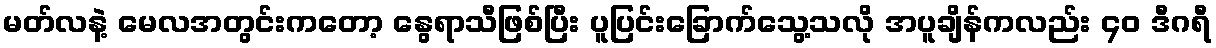
မတ်လနဲ့ မေလအတွင်းကတော့ နွေရာသီဖြစ်ပြီး ပူပြင်းခြောက်သွေ့သလို အပူချိန်ကလည်း ၄၀ ဒီဂရီ